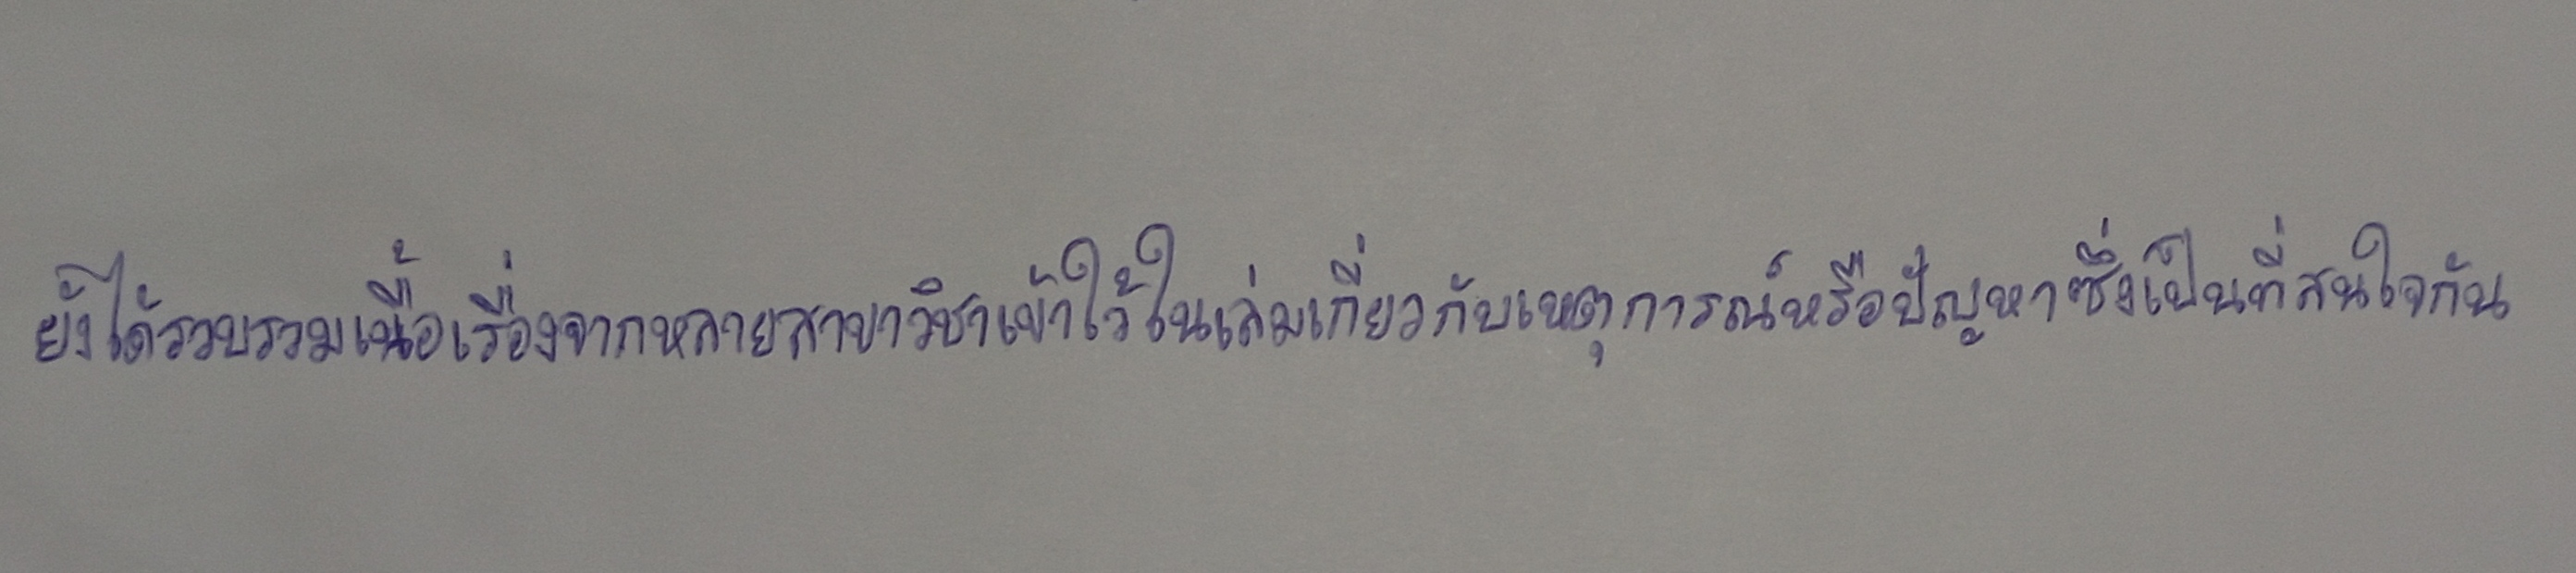
ยังได้รวบรวมเนื้อเรื่องจากหลายสาขาวิชาเข้าใว้ในเล่มเกี่ยวกับเหตุการณ์หรือปัญหาซึ่งเป็นที่สนใจกัน